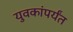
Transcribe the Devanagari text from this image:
युवकांपर्यंत